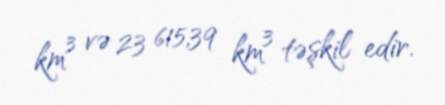
km³ və 23 615,39 km³ təşkil edir.